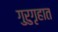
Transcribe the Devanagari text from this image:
गुरुगृहात